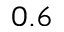
0 . 6